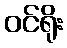
ဝင်ရိုး